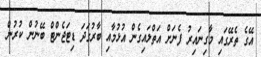
އޭގެ ތެރޭގައި މާގިނައިރު ފެނަށް އަތްލައިގެން އުުޅުމާއި ބާރުގަދަ ޑިޓަޖެންޓް ބޭނުން ކުރުން